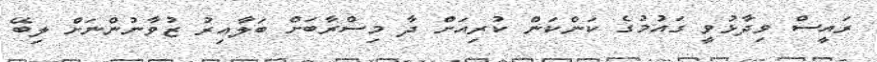
ރައީސް ވިދާޅުވީ ގައުމުގެ ކަންކަން ކުރިއަށް ދާ މިސްރާބަށް ބަލާއިރު ޒުވާނުންނަށް ލިބޭ